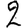
Digit: 2